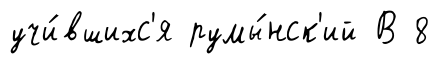
учи́вшихс'я румы́нск'ий В 8